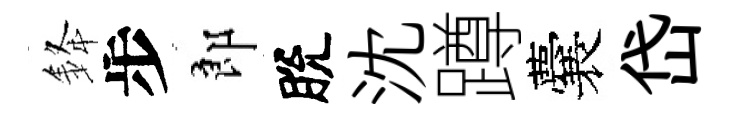
𨦟步郎脫沈蹲囊岱